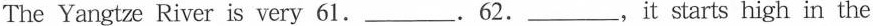
The Yangtze River is very 61. ____. 62. ____, it starts high in the